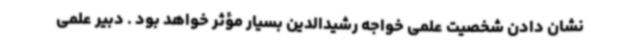
نشان دادن شخصیت علمی خواجه رشیدالدین بسیار مؤثر خواهد بود . دبیر علمی